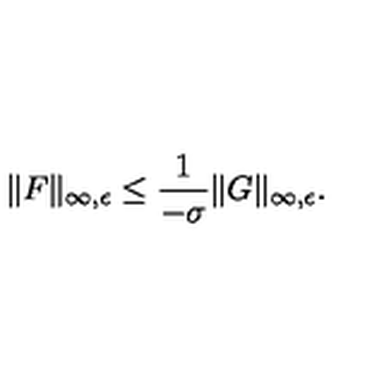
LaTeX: \| F \| _ { \infty , \epsilon } \leq \frac { 1 } { - \sigma } \| G \| _ { \infty , \epsilon } .